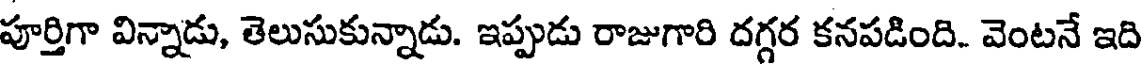
పూర్తిగా విన్నాడు, తెలుసుకున్నాడు. ఇప్పుడు రాజుగారి దగ్గర కనపడింది. వెంటనే ఇది